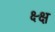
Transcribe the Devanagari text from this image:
क्ष्क्ष